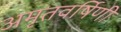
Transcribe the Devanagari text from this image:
अमृतवर्षिणी